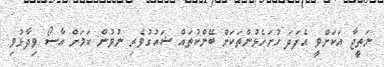
ނަތީޖާ އަކަށްވީ އެފަދަ ހުށަހެޅުންތަކަށް ބޭންކުތައް ޝައުގުވެރި ނުވުން ކަމަށް އާސޯ ވިދާޅުވި